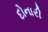
દોનારી